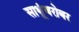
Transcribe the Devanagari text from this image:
साधूंबरोबर